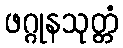
ဖဂ္ဂုနသုတ္တံ